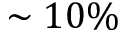
\sim 1 0 \%